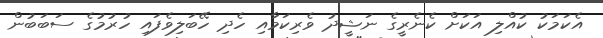
އެކަމަކު ކުއްލި އަކަށް ކެނެރީގެ ނަޝީދު ވެެރިކަމާއި ހެދި ހޭބަލިވެފައި ހުރުމުގެ ސަބަބުން